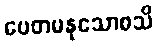
ပေတမနုသောစသိ